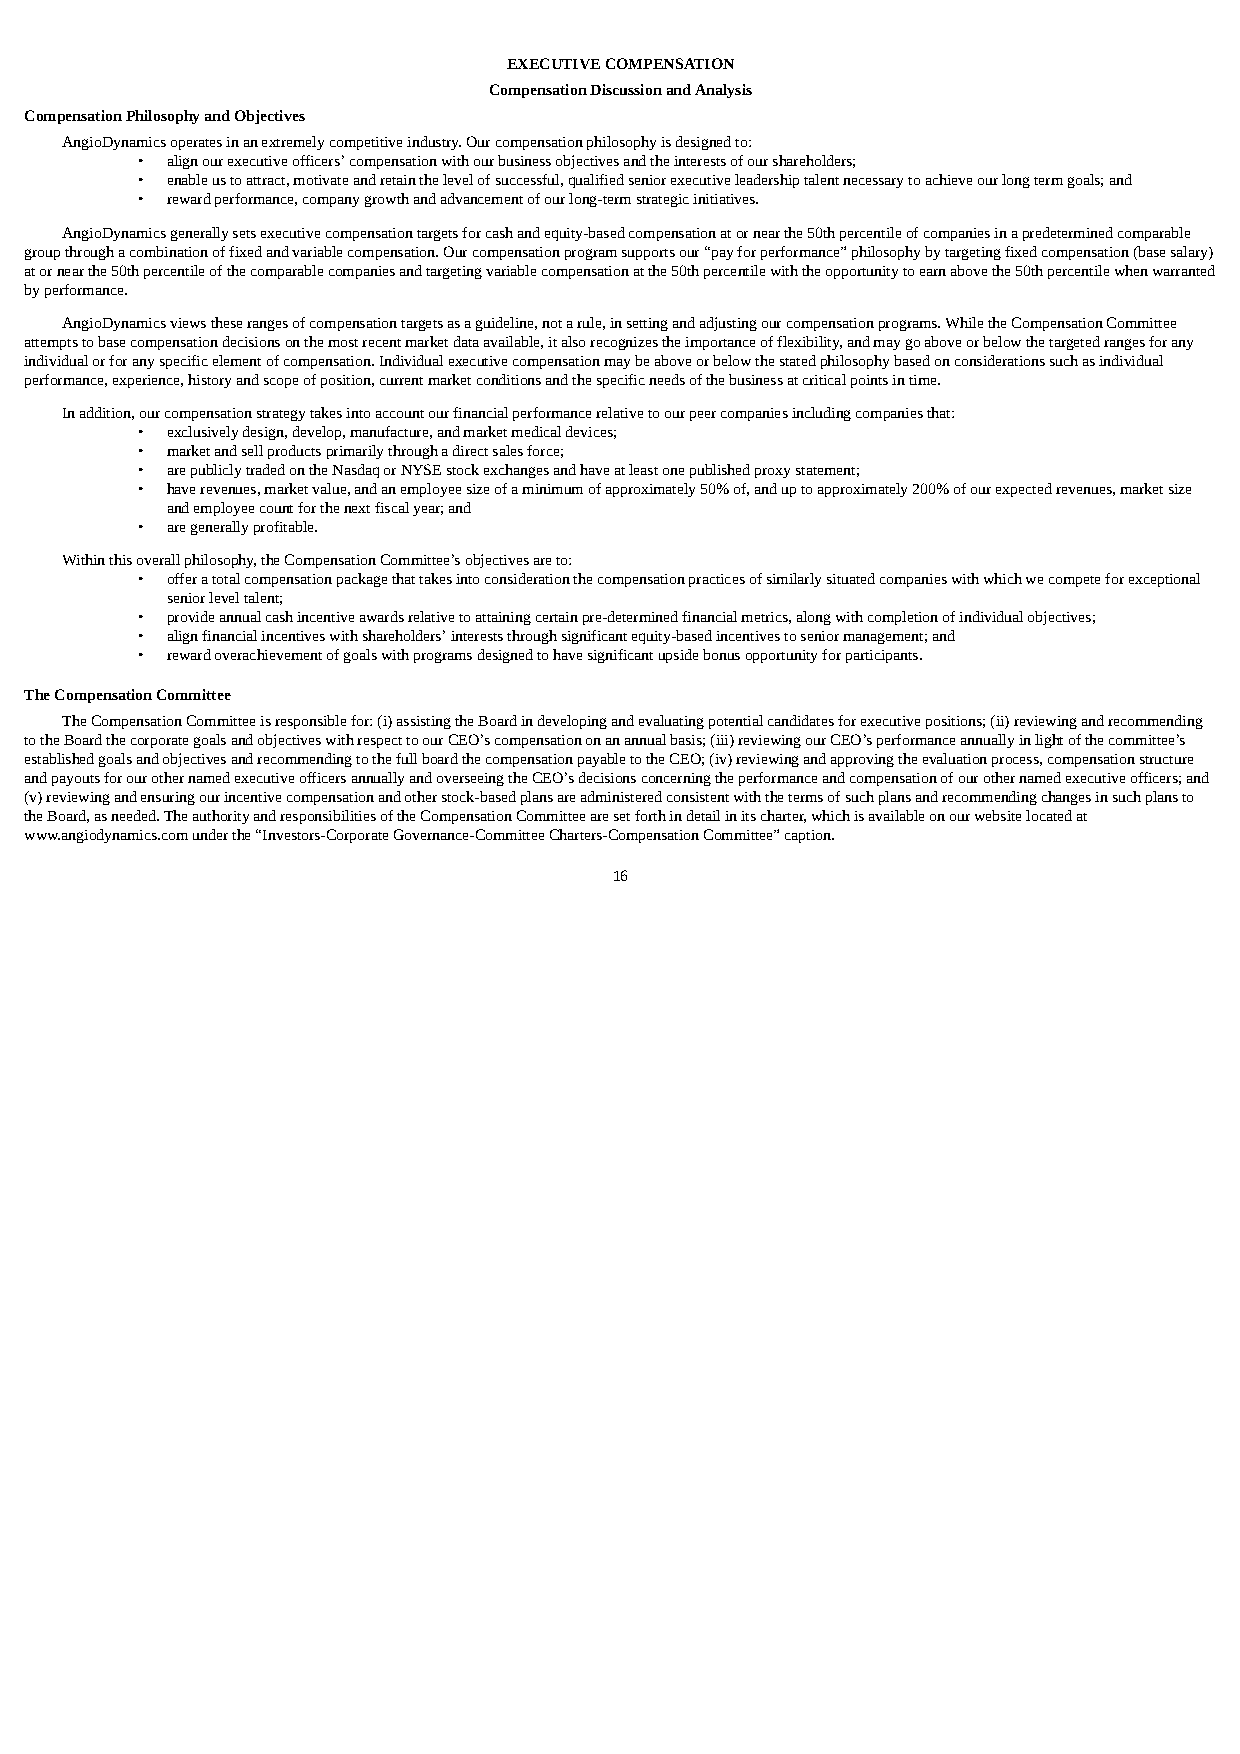
EXECUTIVE COMPENSATION
 Compensation Discussion and Analysis
 Compensation Philosophy and Objectives
 AngioDynamics operates in an extremely competitive industry. Our compensation philosophy is designed to:
 • align our executive officers’ compensation with our business objectives and the interests of our shareholders;
 • enable us to attract, motivate and retain the level of successful, qualified senior executive leadership talent necessary to achieve our long term goals; and
 • reward performance, company growth and advancement of our long-term strategic initiatives.
 AngioDynamics generally sets executive compensation targets for cash and equity-based compensation at or near the 50th percentile of companies in a predetermined comparable
 group through a combination of fixed and variable compensation. Our compensation program supports our “pay for performance” philosophy by targeting fixed compensation (base salary)
 at or near the 50th percentile of the comparable companies and targeting variable compensation at the 50th percentile with the opportunity to earn above the 50th percentile when warranted
 by performance.
 AngioDynamics views these ranges of compensation targets as a guideline, not a rule, in setting and adjusting our compensation programs. While the Compensation Committee
 attempts to base compensation decisions on the most recent market data available, it also recognizes the importance of flexibility, and may go above or below the targeted ranges for any
 individual or for any specific element of compensation. Individual executive compensation may be above or below the stated philosophy based on considerations such as individual
 performance, experience, history and scope of position, current market conditions and the specific needs of the business at critical points in time.
 In addition, our compensation strategy takes into account our financial performance relative to our peer companies including companies that:
 • exclusively design, develop, manufacture, and market medical devices;
 • market and sell products primarily through a direct sales force;
 • are publicly traded on the Nasdaq or NYSE stock exchanges and have at least one published proxy statement;
 • have revenues, market value, and an employee size of a minimum of approximately 50% of, and up to approximately 200% of our expected revenues, market size
 and employee count for the next fiscal year; and
 • are generally profitable.
 Within this overall philosophy, the Compensation Committee’s objectives are to:
 • offer a total compensation package that takes into consideration the compensation practices of similarly situated companies with which we compete for exceptional
 senior level talent;
 • provide annual cash incentive awards relative to attaining certain pre-determined financial metrics, along with completion of individual objectives;
 • align financial incentives with shareholders’ interests through significant equity-based incentives to senior management; and
 • reward overachievement of goals with programs designed to have significant upside bonus opportunity for participants.
 The Compensation Committee
 The Compensation Committee is responsible for: (i) assisting the Board in developing and evaluating potential candidates for executive positions; (ii) reviewing and recommending
 to the Board the corporate goals and objectives with respect to our CEO’s compensation on an annual basis; (iii) reviewing our CEO’s performance annually in light of the committee’s
 established goals and objectives and recommending to the full board the compensation payable to the CEO; (iv) reviewing and approving the evaluation process, compensation structure
 and payouts for our other named executive officers annually and overseeing the CEO’s decisions concerning the performance and compensation of our other named executive officers; and
 (v) reviewing and ensuring our incentive compensation and other stock-based plans are administered consistent with the terms of such plans and recommending changes in such plans to
 the Board, as needed. The authority and responsibilities of the Compensation Committee are set forth in detail in its charter, which is available on our website located at
 www.angiodynamics.com under the “Investors-Corporate Governance-Committee Charters-Compensation Committee” caption.
 16